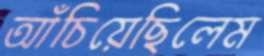
আঁচিয়েছিলেম